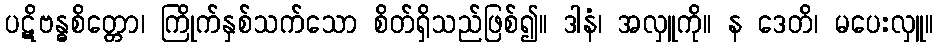
ပဋိဗန္ဓစိတ္တော၊ ကြိုက်နှစ်သက်သော စိတ်ရှိသည်ဖြစ်၍။ ဒါနံ၊ အလှူကို။ န ဒေတိ၊ မပေးလှူ။